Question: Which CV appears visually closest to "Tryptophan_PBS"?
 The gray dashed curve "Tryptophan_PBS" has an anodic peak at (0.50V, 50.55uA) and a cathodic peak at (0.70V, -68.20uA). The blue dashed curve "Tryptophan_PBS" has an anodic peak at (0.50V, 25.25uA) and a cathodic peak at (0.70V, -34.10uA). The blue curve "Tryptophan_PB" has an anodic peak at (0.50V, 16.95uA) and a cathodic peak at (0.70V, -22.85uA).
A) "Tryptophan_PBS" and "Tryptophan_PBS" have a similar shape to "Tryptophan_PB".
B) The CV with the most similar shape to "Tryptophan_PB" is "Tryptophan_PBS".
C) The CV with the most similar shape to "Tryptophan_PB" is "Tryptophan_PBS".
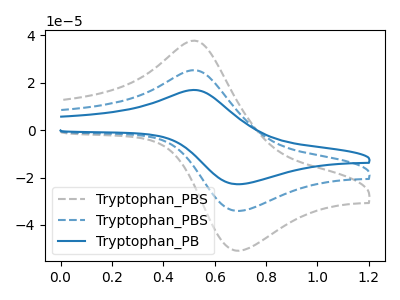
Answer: <think>All the peaks in "Tryptophan_PBS" have a peak in "Tryptophan_PBS" at the same potential. Every peak in "Tryptophan_PBS" is higher than every peak in "Tryptophan_PBS". All the peaks in "Tryptophan_PBS" have a peak in "Tryptophan_PB" at the same potential. Every peak in "Tryptophan_PBS" is higher than every peak in "Tryptophan_PB". All the peaks in "Tryptophan_PBS" have a peak in "Tryptophan_PB" at the same potential. Every peak in "Tryptophan_PBS" is higher than every peak in "Tryptophan_PB".
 </think>
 <answer>A) "Tryptophan_PBS" and "Tryptophan_PBS" have a similar shape to "Tryptophan_PB".</answer>
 <eval>A</eval>